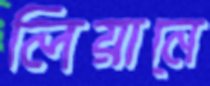
লিয়ানে